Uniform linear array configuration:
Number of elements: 16
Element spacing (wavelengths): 0.5
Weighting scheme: blackman
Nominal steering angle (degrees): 15
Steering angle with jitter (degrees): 14.876
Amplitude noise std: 0.05
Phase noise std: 0.05

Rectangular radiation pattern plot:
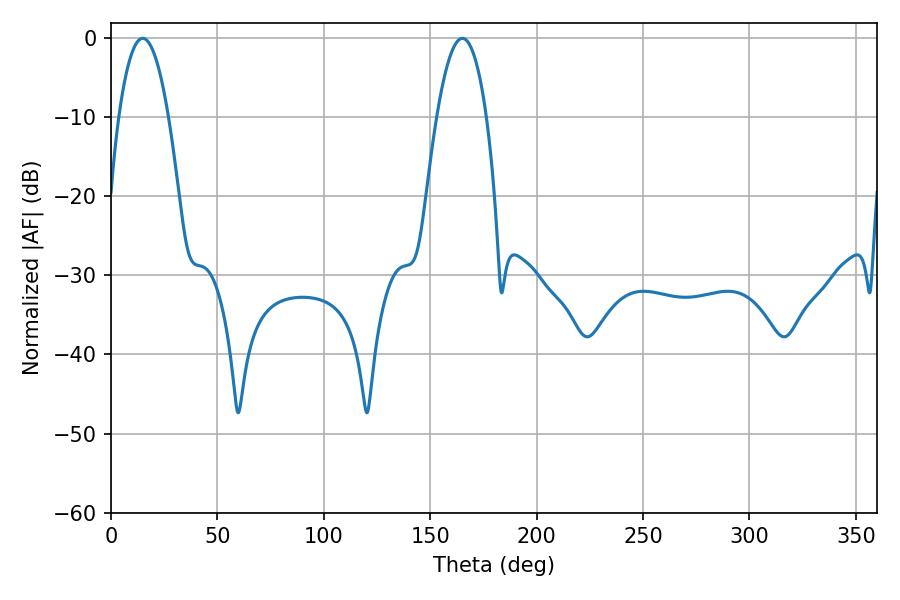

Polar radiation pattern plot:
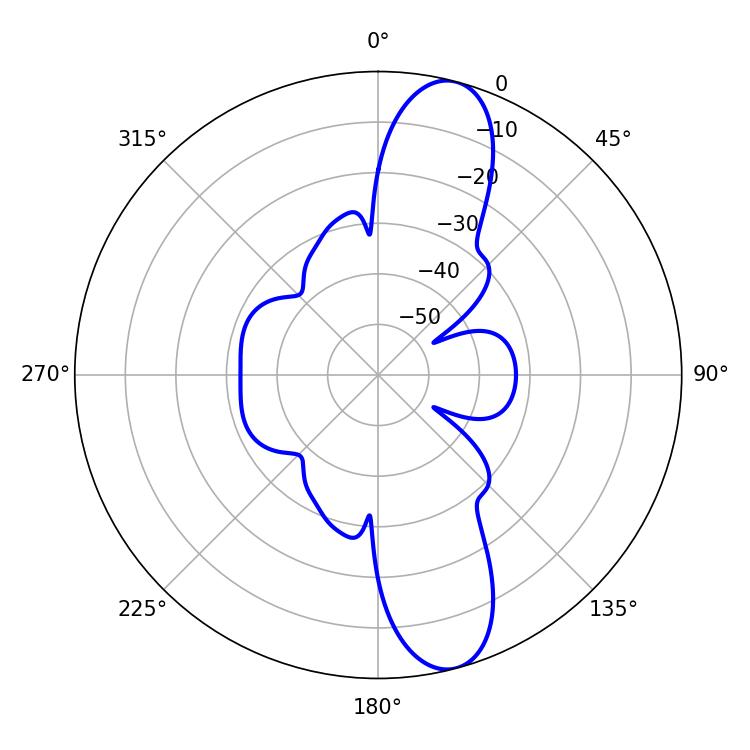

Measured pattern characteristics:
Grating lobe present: FALSE
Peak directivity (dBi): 12.031
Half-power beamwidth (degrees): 12.78
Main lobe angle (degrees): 14.94